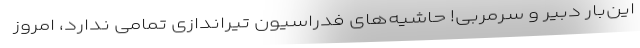
این‌بار دبیر و سرمربی! حاشیه‌های فدراسیون تیراندازی تمامی ندارد، امروز